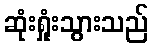
ဆုံးရှုံးသွားသည်